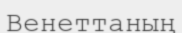
Венеттаның